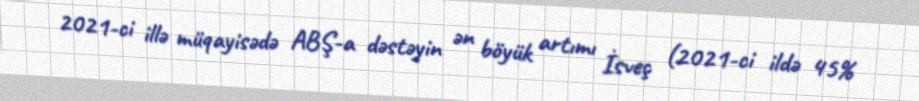
2021-ci illə müqayisədə ABŞ-a dəstəyin ən böyük artımı İsveç (2021-ci ildə 45%